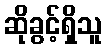
ဆိုခွင့်ရှိသူ